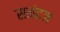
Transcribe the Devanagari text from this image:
सनंदज